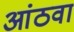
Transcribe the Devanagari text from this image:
आंठवा